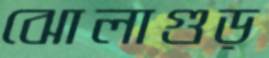
ঝোলাগুড়